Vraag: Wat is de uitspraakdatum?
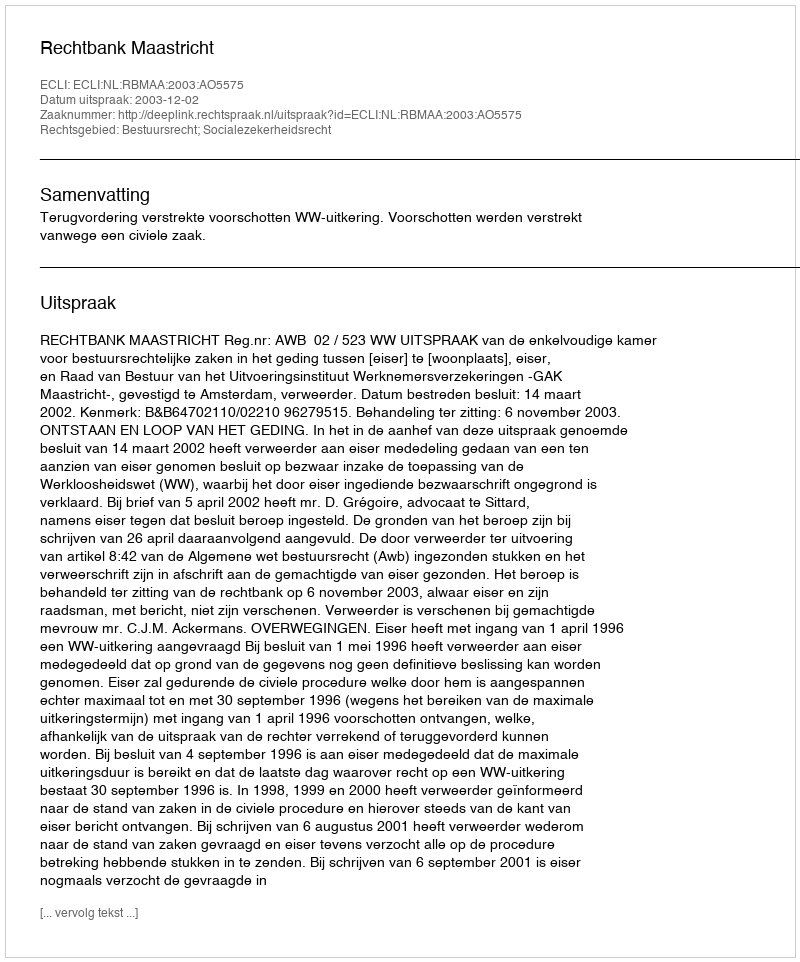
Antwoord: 2003-12-02